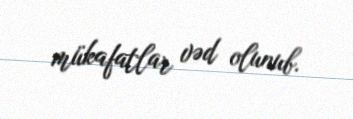
mükafatlar vəd olunub.